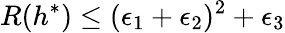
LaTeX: R(h^{*})\leq(\epsilon_{1}+\epsilon_{2})^{2}+\epsilon_{3}